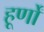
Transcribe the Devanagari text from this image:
हूर्णों